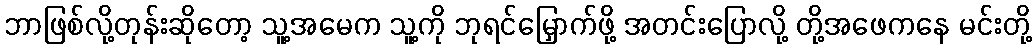
ဘာဖြစ်လို့တုန်းဆိုတော့ သူ့အမေက သူ့ကို ဘုရင်မြှောက်ဖို့ အတင်းပြောလို့ တို့အဖေကနေ မင်းတို့